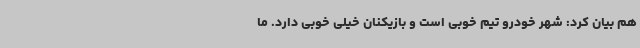
هم بیان کرد: شهر خودرو تیم خوبی است و بازیکنان خیلی خوبی دارد. ما